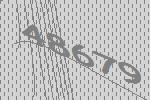
48679